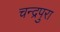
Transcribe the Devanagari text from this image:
चन्द्रपुरा